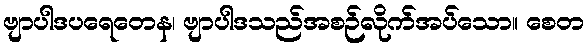
ဗျာပါဒပရေတေန၊ ဗျာပါဒသည်အစဉ်လိုက်အပ်သော။ စေတ